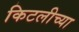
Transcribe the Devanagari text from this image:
किटलीच्या